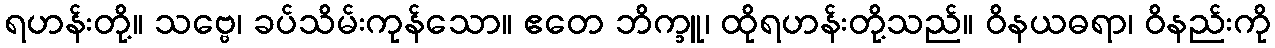
ရဟန်းတို့။ သဗ္ဗေ၊ ခပ်သိမ်းကုန်သော။ ဧတေ ဘိက္ခူ၊ ထိုရဟန်းတို့သည်။ ဝိနယဓရာ၊ ဝိနည်းကို